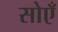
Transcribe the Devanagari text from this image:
सोएँ